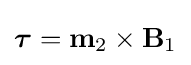
{\boldsymbol {\tau }}=\mathbf {m} _{2}\times \mathbf {B} _{1}